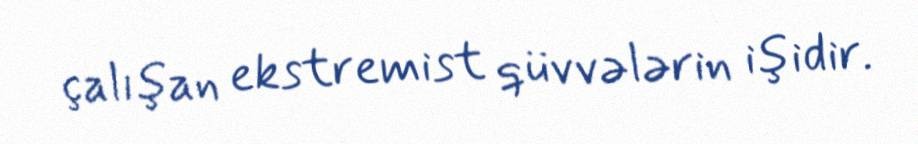
çalışan ekstremist qüvvələrin işidir.